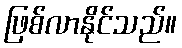
ဖြစ်လာနိုင်သည်။